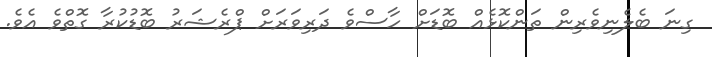
ގިނަ ބެލެނިވެރިން ތަންކޮޅެއް ބޮޑަށް ހާސްވެ ދަރިވަރަށް ޕްރެޝަރު ބޮޑުކުރާ ގޮތްވެ އެވެ.